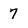
Character: 7